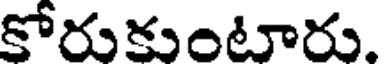
కోరుకుంటారు.